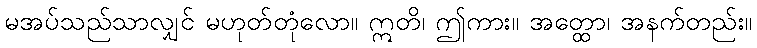
မအပ်သည်သာလျှင် မဟုတ်တုံလော။ ဣတိ၊ ဤကား။ အတ္ထော၊ အနက်တည်း။